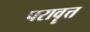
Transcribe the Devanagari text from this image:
परावॄत्त